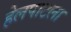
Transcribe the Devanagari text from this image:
हेलपाटला